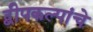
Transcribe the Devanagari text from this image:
द्वीपकल्पांचे